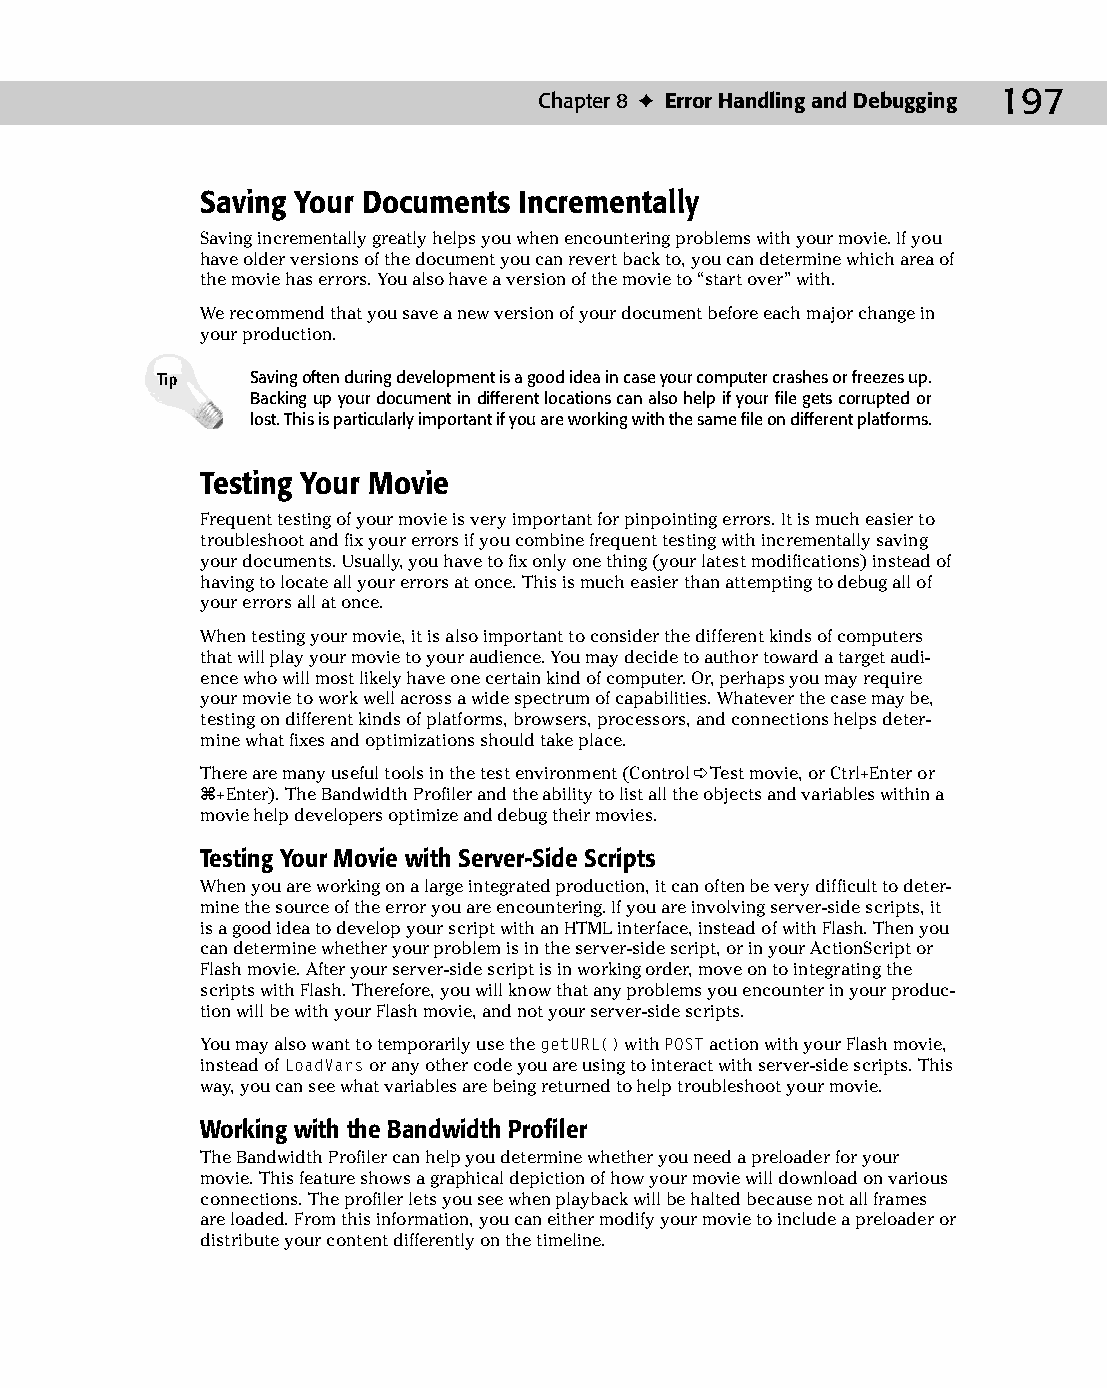
11 543547 ch08.qxd 3/24/04 3:49 PM Page 197
 Chapter 8 ✦ Error Handling and Debugging 197
 Saving Your Documents Incrementally
 Saving incrementally greatly helps you when encountering problems with your movie. If you
 have older versions of the document you can revert back to, you can determine which area of
 the movie has errors. You also have a version of the movie to “start over” with.
 We recommend that you save a new version of your document before each major change in
 your production.
 Tip    Saving often during development is a good idea in case your computer crashes or freezes up.
 Backing up your document in different locations can also help if your file gets corrupted or
 lost. This is particularly important if you are working with the same file on different platforms.
 Testing Your Movie
 Frequent testing of your movie is very important for pinpointing errors. It is much easier to
 troubleshoot and fix your errors if you combine frequent testing with incrementally saving
 your documents. Usually, you have to fix only one thing (your latest modifications) instead of
 having to locate all your errors at once. This is much easier than attempting to debug all of
 your errors all at once.
 When testing your movie, it is also important to consider the different kinds of computers
 that will play your movie to your audience. You may decide to author toward a target audi­
 ence who will most likely have one certain kind of computer. Or, perhaps you may require
 your movie to work well across a wide spectrum of capabilities. Whatever the case may be,
 testing on different kinds of platforms, browsers, processors, and connections helps deter­
 mine what fixes and optimizations should take place.
 There are many useful tools in the test environment (Control ➪ Test movie, or Ctrl+Enter or
 Ô+Enter). The Bandwidth Profiler and the ability to list all the objects and variables within a
 movie help developers optimize and debug their movies.
 Testing Your Movie with Server-Side Scripts
 When you are working on a large integrated production, it can often be very difficult to deter­
 mine the source of the error you are encountering. If you are involving server-side scripts, it
 is a good idea to develop your script with an HTML interface, instead of with Flash. Then you
 can determine whether your problem is in the server-side script, or in your ActionScript or
 Flash movie. After your server-side script is in working order, move on to integrating the
 scripts with Flash. Therefore, you will know that any problems you encounter in your produc­
 tion will be with your Flash movie, and not your server-side scripts.
 You may also want to temporarily use the getURL() with POST action with your Flash movie,
 instead of LoadVars or any other code you are using to interact with server-side scripts. This
 way, you can see what variables are being returned to help troubleshoot your movie.
 Working with the Bandwidth Profiler
 The Bandwidth Profiler can help you determine whether you need a preloader for your
 movie. This feature shows a graphical depiction of how your movie will download on various
 connections. The profiler lets you see when playback will be halted because not all frames
 are loaded. From this information, you can either modify your movie to include a preloader or
 distribute your content differently on the timeline.